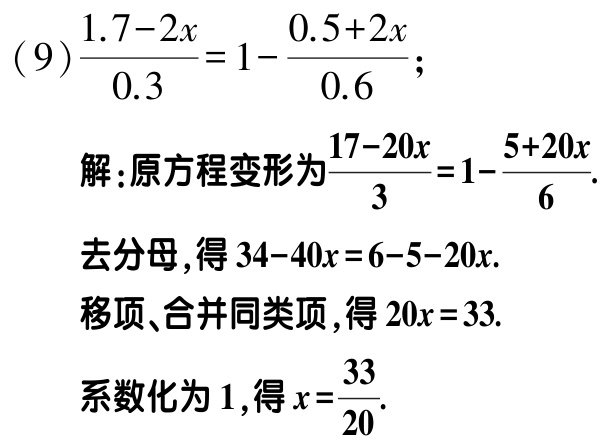
\[(9)\frac{1.7 - 2x}{0.3}=1-\frac{0.5 + 2x}{0.6};\]

解：原方程变形为\(\frac{17 - 20x}{3}=1-\frac{5 + 20x}{6}\).

去分母，得\(34 - 40x = 6 - 5 - 20x\).

移项、合并同类项，得\(20x = 33\).

系数化为\(1\)，得\(x=\frac{33}{20}\).